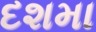
દશમા